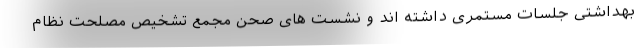
بهداشتی جلسات مستمری داشته اند و نشست های صحن مجمع تشخیص مصلحت نظام